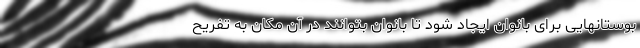
بوستانهایی برای بانوان ایجاد شود تا بانوان بتوانند در آن مکان به تفریح